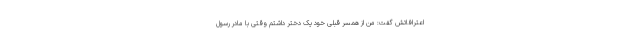
اعترافاتش گفت: من از همسر قبلی خود یک دختر داشتم وقتی با مادر رسول